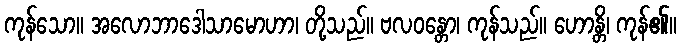
ကုန်သော။ အလောဘာဒေါသာမောဟာ၊ တို့သည်။ ဗလဝန္တော၊ ကုန်သည်။ ဟောန္တိ၊ ကုန်၏။